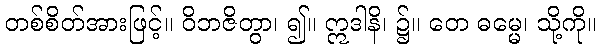
တစ်စိတ်အားဖြင့်။ ဝိဘဇိတွာ၊ ၍။ ဣဒါနိ၊ ၌။ တေ ဓမ္မေ၊ သို့ကို။